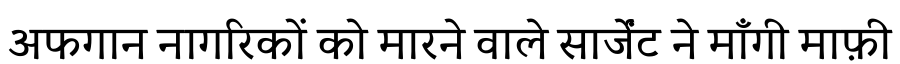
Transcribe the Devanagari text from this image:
अफगान नागरिकों को मारने वाले सार्जेंट ने माँगी माफ़ी